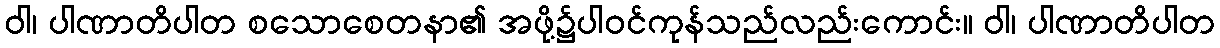
ဝါ၊ ပါဏာတိပါတ စသောစေတနာ၏ အဖို့၌ပါဝင်ကုန်သည်လည်းကောင်း။ ဝါ၊ ပါဏာတိပါတ